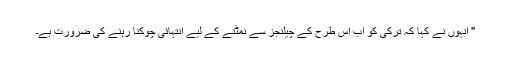
" انہوں نے کہا کہ ترکی کو اب اس طرح کے چیلنجز سے نمٹنے کے لیے انتہائی چوکنا رہنے کی ضرورت ہے۔